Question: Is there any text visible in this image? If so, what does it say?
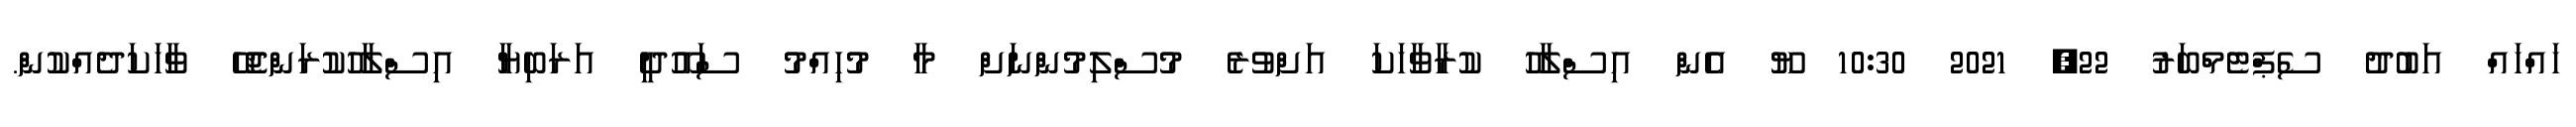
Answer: ހައްހައް އަބުދު ސެޕްޓެމްބަރު 22, 2021 10:30 ޔޫ އެން އިސްލާހު ކުރާވާހަކަ އަށްވުރެ މުސްލިމުންނަށް މާ މުހިއްމު ސައޫދީ އަރަބިޔާ އިސްލާހުކުރަންޖެހޭ ވާހަކަދެއްކުން.